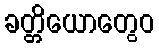
ခတ္တိယောတွေဝ